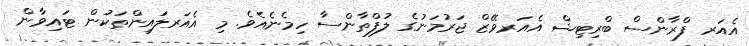
އެއަރ ފްރާންސް ބްރިޓިޝް އެއަރވޭޒް ޖަރުމަނުގެ ލުފްތާންސާ ހިމެނެއެވެ. މި އެއަރލައިންތަކުން ޓައިވާން